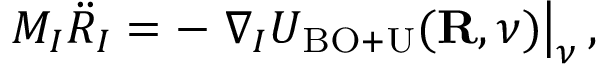
{ \displaystyle M _ { I } { \ddot { R } } _ { I } = - \left. \nabla _ { I } { \cal U } _ { \mathrm { B O + U } } ( { \bf R } , \nu ) \right\vert _ { \nu } , }